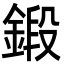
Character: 鍛